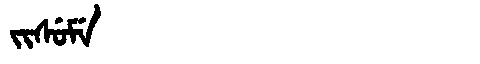
Manchu: ᠵᡳᠰᡠᠮᡝ
Romanization: JISUME